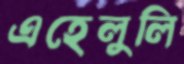
এহেলুলি